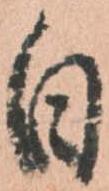
日